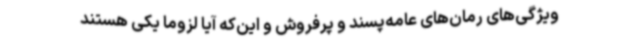
ویژگی‌های رمان‌های عامه‌پسند و پرفروش و این‌که آیا لزوما یکی هستند